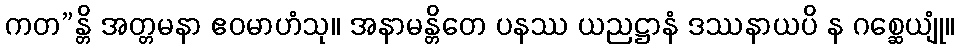
ကတ”န္တိ အတ္တမနာ ဧဝမာဟံသု။ အနာမန္တိတေ ပနဿ ယညဋ္ဌာနံ ဒဿနာယပိ န ဂစ္ဆေယျုံ။